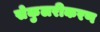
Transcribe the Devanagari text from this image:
सेकुलरीकरण